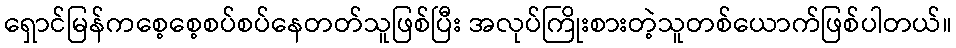
ရှောင်မြန်ကစေ့စေ့စပ်စပ်နေတတ်သူဖြစ်ပြီး အလုပ်ကြိုးစားတဲ့သူတစ်ယောက်ဖြစ်ပါတယ်။